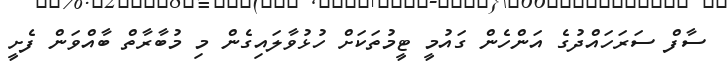
ސާފް ސަރަހައްދުގެ އަންހެން ގައުމީ ޓީމުތަކަށް ހުޅުވާލައިގެން މި މުބާރާތް ބާއްވަން ފެށީ